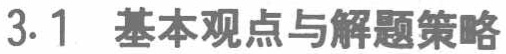
3.1 基本观点与解题策略